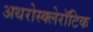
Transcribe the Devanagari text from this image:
अथरोस्क्लेरॉटिक